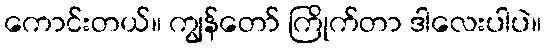
ကောင်းတယ်။ ကျွန်တော် ကြိုက်တာ ဒါလေးပါပဲ။